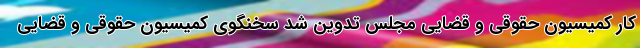
کار کمیسیون حقوقی و قضایی مجلس تدوین شد سخنگوی کمیسیون حقوقی و قضایی